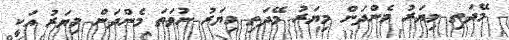
މޭދަތި މިޔަރު މެންދަން މިޔަރު މޭދަތި މިޔަރު ނުވަތަ މެންދަން މިޔަރު އަކީ